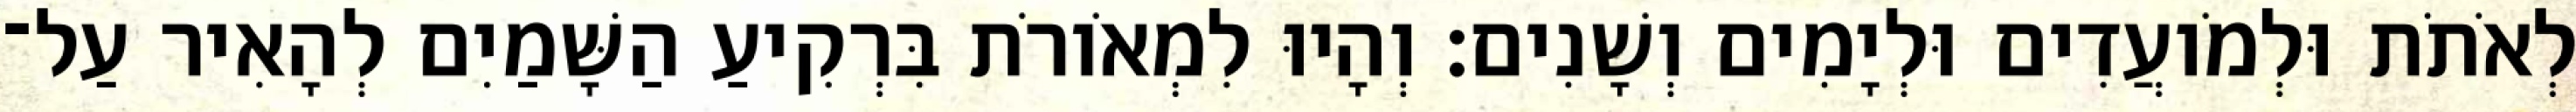
לְאֹתֹת וּלְמֹועֲדִים וּלְיָמִים וְשָׁנִים׃ וְהָיוּ לִמְאֹורֹת בִּרְקִיעַ הַשָּׁמַיִם לְהָאִיר עַל־